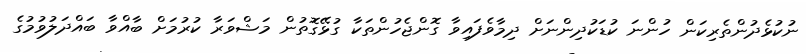
ނުކުޅެދުންތެރިކަން ހުންނަ ކުޑަކުދިންނަށް ދިމާވެފައިވާ ގޮންޖެހުންތަކާ ގުޅޭގޮތުން މަޝްވަރާ ކުރުމަށް ބާއްވާ ބައްދަލުވުމުގެ